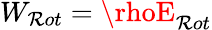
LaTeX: W_{\mathcal{R}ot}=\rhoE_{\mathcal{R}ot}